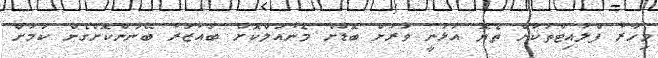
މިހާރު ފްލައިޓްތަކަށް ތެޔޮ އަޅަނީ ވަރަށް ބޮޑަށް މެނުއަލްކޮށް ބައުޒަރު ބޭނުންކޮށްގެން ކަމަށް